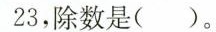
23，除数是()。